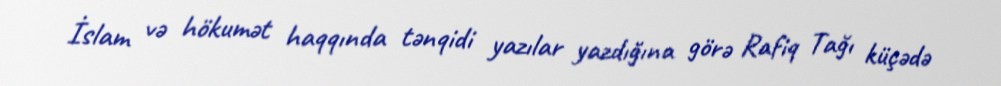
İslam və hökumət haqqında tənqidi yazılar yazdığına görə Rafiq Tağı küçədə